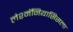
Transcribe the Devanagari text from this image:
लेश्मॅनियासिसला